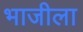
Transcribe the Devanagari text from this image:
भाजीला